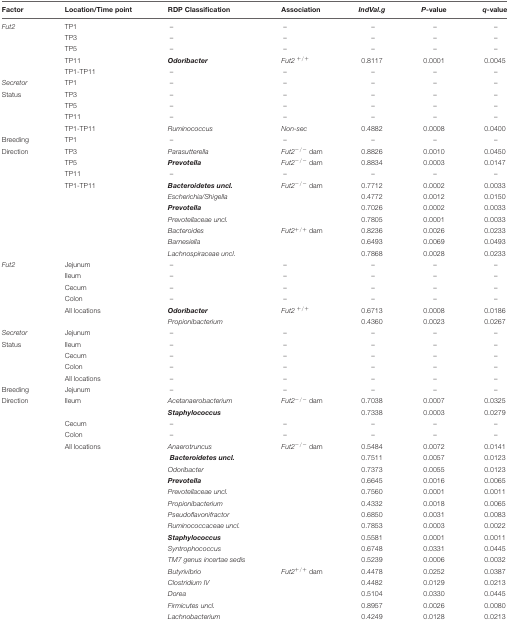
<table><thead><tr><td><b>Factor</b></td><td><b>Location/Time point</b></td><td><b>RDP Classification</b></td><td><b>Association</b></td><td><b><i>IndVal.g</i></b></td><td><b><i>P</i>-value</b></td><td><b><i>q</i>-value</b></td></tr></thead><tbody><tr><td><i>Fut2</i></td><td>TP1</td><td>–</td><td>–</td><td>–</td><td>–</td><td>–</td></tr><tr><td></td><td>TP3</td><td>–</td><td>–</td><td>–</td><td>–</td><td>–</td></tr><tr><td></td><td>TP5</td><td>–</td><td>–</td><td>–</td><td>–</td><td>–</td></tr><tr><td></td><td>TP11</td><td><b><i>Odoribacter</i></b></td><td><i>Fut2</i><sup>+/+</sup></td><td>0.8117</td><td>0.0001</td><td>0.0045</td></tr><tr><td></td><td>TP1-TP11</td><td>–</td><td>–</td><td>–</td><td>–</td><td>–</td></tr><tr><td><i>Secretor</i></td><td>TP1</td><td>–</td><td>–</td><td>–</td><td>–</td><td>–</td></tr><tr><td>Status</td><td>TP3</td><td>–</td><td>–</td><td>–</td><td>–</td><td>–</td></tr><tr><td></td><td>TP5</td><td>–</td><td>–</td><td>–</td><td>–</td><td>–</td></tr><tr><td></td><td>TP11</td><td>–</td><td>–</td><td>–</td><td>–</td><td>–</td></tr><tr><td></td><td>TP1-TP11</td><td><i>Ruminococcus</i></td><td><i>Non-sec</i></td><td>0.4882</td><td>0.0008</td><td>0.0400</td></tr><tr><td>Breeding</td><td>TP1</td><td>–</td><td>–</td><td>–</td><td>–</td><td>–</td></tr><tr><td>Direction</td><td>TP3</td><td><i>Parasutterella</i></td><td><i>Fut2<sup>-/-</sup></i> dam</td><td>0.8826</td><td>0.0010</td><td>0.0450</td></tr><tr><td></td><td>TP5</td><td><b><i>Prevotella</i></b></td><td><i>Fut2<sup>-/-</sup></i> dam</td><td>0.8834</td><td>0.0003</td><td>0.0147</td></tr><tr><td></td><td>TP11</td><td>–</td><td>–</td><td>–</td><td>–</td><td>–</td></tr><tr><td></td><td>TP1-TP11</td><td><b><i>Bacteroidetes uncl.</i></b></td><td><i>Fut2<sup>-/-</sup></i> dam</td><td>0.7712</td><td>0.0002</td><td>0.0033</td></tr><tr><td></td><td></td><td><i>Escherichia/Shigella</i></td><td></td><td>0.4772</td><td>0.0012</td><td>0.0150</td></tr><tr><td></td><td></td><td><b><i>Prevotella</i></b></td><td></td><td>0.7026</td><td>0.0002</td><td>0.0033</td></tr><tr><td></td><td></td><td><i>Prevotellaceae uncl.</i></td><td></td><td>0.7805</td><td>0.0001</td><td>0.0033</td></tr><tr><td></td><td></td><td><i>Bacteroides</i></td><td><i>Fut2</i><sup>+/+</sup> dam</td><td>0.8236</td><td>0.0026</td><td>0.0233</td></tr><tr><td></td><td></td><td><i>Barnesiella</i></td><td></td><td>0.6493</td><td>0.0069</td><td>0.0493</td></tr><tr><td></td><td></td><td><i>Lachnospiraceae uncl.</i></td><td></td><td>0.7868</td><td>0.0028</td><td>0.0233</td></tr><tr><td><i>Fut2</i></td><td>Jejunum</td><td>–</td><td>–</td><td>–</td><td>–</td><td>–</td></tr><tr><td></td><td>Ileum</td><td>–</td><td>–</td><td>–</td><td>–</td><td>–</td></tr><tr><td></td><td>Cecum</td><td>–</td><td>–</td><td>–</td><td>–</td><td>–</td></tr><tr><td></td><td>Colon</td><td>–</td><td>–</td><td>–</td><td>–</td><td>–</td></tr><tr><td></td><td>All locations</td><td><b><i>Odoribacter</i></b></td><td><i>Fut2</i><sup>+/+</sup></td><td>0.6713</td><td>0.0008</td><td>0.0186</td></tr><tr><td></td><td></td><td><i>Propionibacterium</i></td><td></td><td>0.4360</td><td>0.0023</td><td>0.0267</td></tr><tr><td><i>Secretor</i></td><td>Jejunum</td><td>–</td><td>–</td><td>–</td><td>–</td><td>–</td></tr><tr><td>Status</td><td>Ileum</td><td>–</td><td>–</td><td>–</td><td>–</td><td>–</td></tr><tr><td></td><td>Cecum</td><td>–</td><td>–</td><td>–</td><td>–</td><td>–</td></tr><tr><td></td><td>Colon</td><td>–</td><td>–</td><td>–</td><td>–</td><td>–</td></tr><tr><td></td><td>All locations</td><td>–</td><td>–</td><td>–</td><td>–</td><td>–</td></tr><tr><td>Breeding</td><td>Jejunum</td><td>–</td><td>–</td><td>–</td><td>–</td><td>–</td></tr><tr><td>Direction</td><td>Ileum</td><td><i>Acetanaerobacterium</i></td><td><i>Fut2<sup>-/-</sup></i> dam</td><td>0.7038</td><td>0.0007</td><td>0.0325</td></tr><tr><td></td><td></td><td><b><i>Staphylococcus</i></b></td><td></td><td>0.7338</td><td>0.0003</td><td>0.0279</td></tr><tr><td></td><td>Cecum</td><td>–</td><td>–</td><td>–</td><td>–</td><td>–</td></tr><tr><td></td><td>Colon</td><td>–</td><td>–</td><td>–</td><td>–</td><td>–</td></tr><tr><td></td><td>All locations</td><td><i>Anaerotruncus</i></td><td><i>Fut2<sup>-/-</sup></i> dam</td><td>0.5484</td><td>0.0072</td><td>0.0141</td></tr><tr><td></td><td></td><td><b><i>Bacteroidetes uncl.</i></b></td><td></td><td>0.7511</td><td>0.0057</td><td>0.0123</td></tr><tr><td></td><td></td><td><i>Odoribacter</i></td><td></td><td>0.7373</td><td>0.0055</td><td>0.0123</td></tr><tr><td></td><td></td><td><b><i>Prevotella</i></b></td><td></td><td>0.6645</td><td>0.0016</td><td>0.0065</td></tr><tr><td></td><td></td><td><i>Prevotellaceae uncl.</i></td><td></td><td>0.7560</td><td>0.0001</td><td>0.0011</td></tr><tr><td></td><td></td><td><i>Propionibacterium</i></td><td></td><td>0.4332</td><td>0.0018</td><td>0.0065</td></tr><tr><td></td><td></td><td><i>Pseudoflavonifractor</i></td><td></td><td>0.6850</td><td>0.0031</td><td>0.0083</td></tr><tr><td></td><td></td><td><i>Ruminococcaceae uncl.</i></td><td></td><td>0.7853</td><td>0.0003</td><td>0.0022</td></tr><tr><td></td><td></td><td><b><i>Staphylococcus</i></b></td><td></td><td>0.5581</td><td>0.0001</td><td>0.0011</td></tr><tr><td></td><td></td><td><i>Syntrophococcus</i></td><td></td><td>0.6748</td><td>0.0331</td><td>0.0445</td></tr><tr><td></td><td></td><td><i>TM7 genus incertae sedis</i></td><td></td><td>0.5239</td><td>0.0006</td><td>0.0032</td></tr><tr><td></td><td></td><td><i>Butyrivibrio</i></td><td><i>Fut2</i><sup>+/+</sup> dam</td><td>0.4478</td><td>0.0252</td><td>0.0387</td></tr><tr><td></td><td></td><td><i>Clostridium IV</i></td><td></td><td>0.4482</td><td>0.0129</td><td>0.0213</td></tr><tr><td></td><td></td><td><i>Dorea</i></td><td></td><td>0.5104</td><td>0.0330</td><td>0.0445</td></tr><tr><td></td><td></td><td><i>Firmicutes uncl.</i></td><td></td><td>0.8957</td><td>0.0026</td><td>0.0080</td></tr><tr><td></td><td></td><td><i>Lachnobacterium</i></td><td></td><td>0.4249</td><td>0.0128</td><td>0.0213</td></tr></tbody></table>